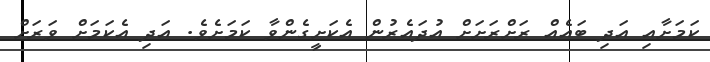
ކަމަށާއި އަދި ބައެއް ރަށްރަށަށް އުދައެރުން އެކަށީގެންވާ ކަމަށެެވެ. އަދި އެކަމަށް ވަރަށް